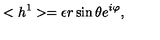
< h ^ { 1 } > = \epsilon r \sin \theta e ^ { i \varphi } ,